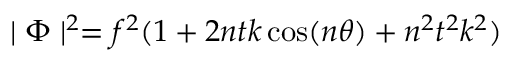
\mid \Phi \mid ^ { 2 } = f ^ { 2 } ( 1 + 2 n t k \cos ( n \theta ) + n ^ { 2 } t ^ { 2 } k ^ { 2 } )